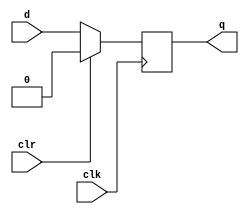
`timescale 1ns / 1ps
//////////////////////////////////////////////////////////////////////////////////
// Company: 
// Engineer: 
// 
// Design Name: 
// Module Name:    FF_DC 
// Project Name: 
// Target Devices: 
// Tool versions: 
// Description: 
//
// Dependencies: 
//
// Revision: 
// Revision 0.01 - File Created
// Additional Comments: 
//
//////////////////////////////////////////////////////////////////////////////////
module FF_DC(q, clk, clr, d);

            input clk, clr, d;

            output reg q;

 

            always @(posedge clk)

                if (clr) q <= 0;

                else q <= d;

 

        endmodule